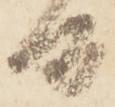
間